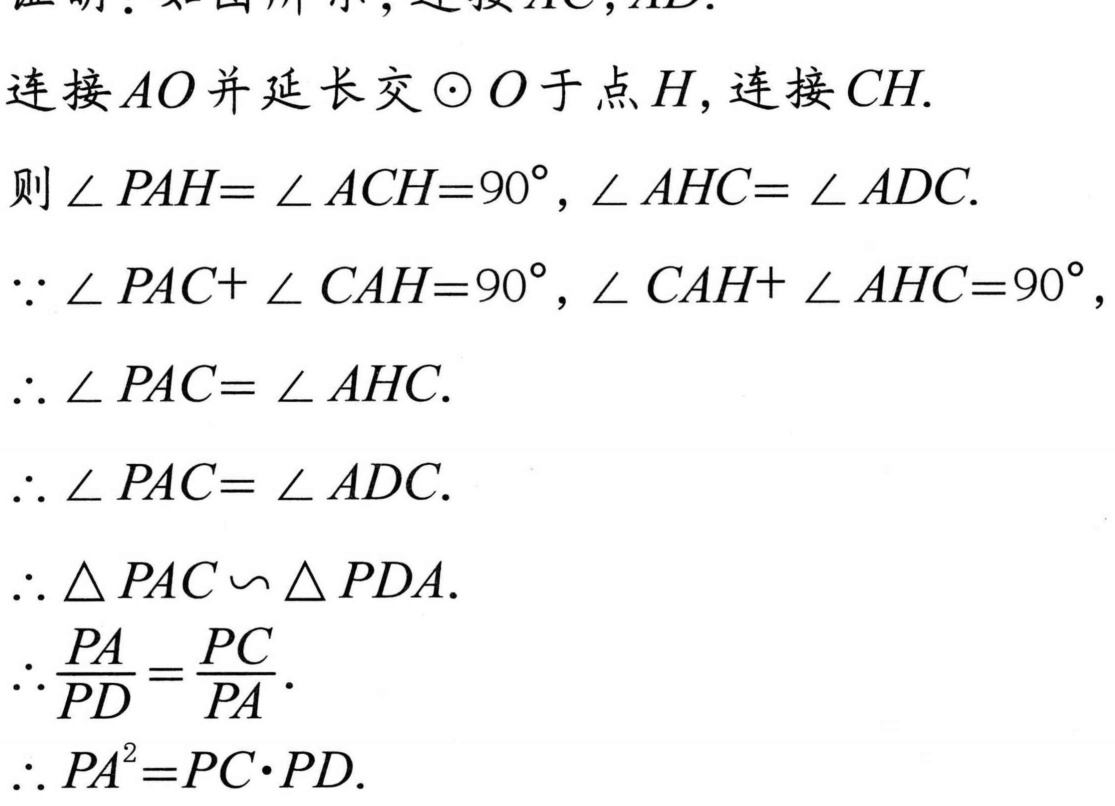
连接 \(AO\) 并延长交 \(\odot O\) 于点 \(H\)，连接 \(CH\).
则 \(\angle PAH = \angle ACH = 90^{\circ}\)，\(\angle AHC = \angle ADC\).
\(\because \angle PAC+\angle CAH = 90^{\circ}\)，\(\angle CAH+\angle AHC = 90^{\circ}\)，
\(\therefore \angle PAC = \angle AHC\).
\(\therefore \angle PAC = \angle ADC\).
\(\therefore \triangle PAC\sim\triangle PDA\).
\(\therefore \frac{PA}{PD}=\frac{PC}{PA}\).
\(\therefore PA^{2}=PC\cdot PD\).